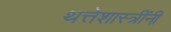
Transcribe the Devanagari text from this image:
थत्तेशास्त्रींनी